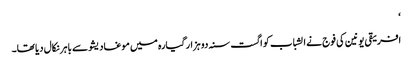
‘
افریقی یونین کی فوج نے الشباب کو اگست سنہ دو ہزار گیارہ میں موغادیشو سے باہر نکال دیا تھا۔